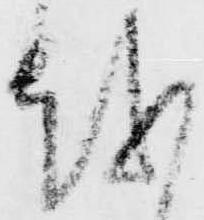
越